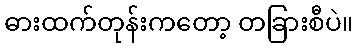
ဓားထက်တုန်းကတော့ တခြားစီပဲ။